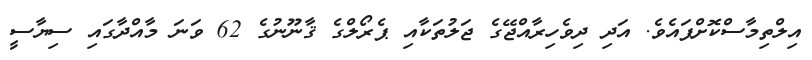
އިލްތިމާސްކޮށްފައެވެ. އަދި ދިވެހިރާއްޖޭގެ ޖަލުތަކާއި ޕެރޯލްގެ ޤާނޫނުގެ 62 ވަނަ މާއްދާގައި ސިޔާސީ